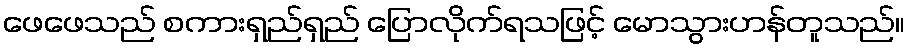
ဖေဖေသည် စကားရှည်ရှည် ပြောလိုက်ရသဖြင့် မောသွားဟန်တူသည်။